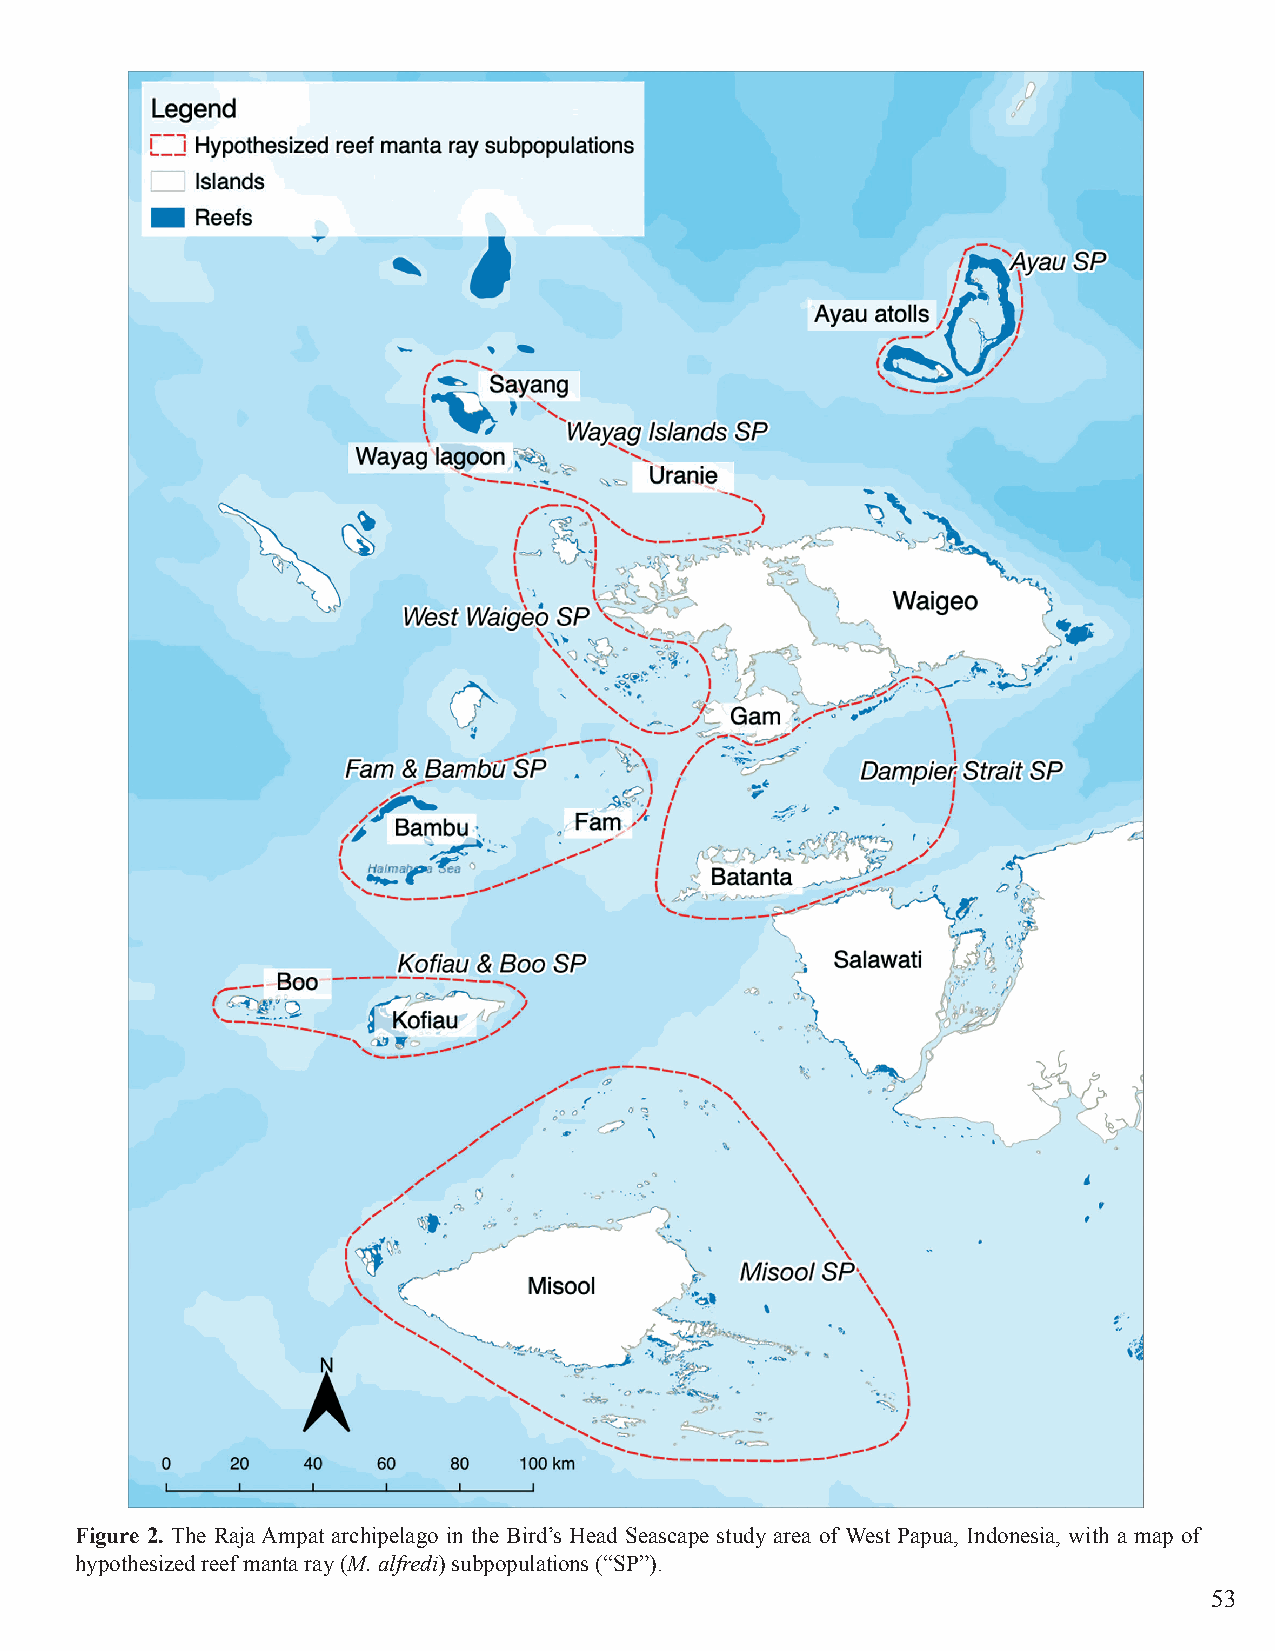
Figure 2. The Raja Ampat archipelago in the Bird’s Head Seascape study area of West Papua, Indonesia, with a map of
 hypothesized reef manta ray (M. alfredi) subpopulations (“SP”).
 53